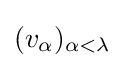
(v_{\alpha })_{\alpha <\lambda }